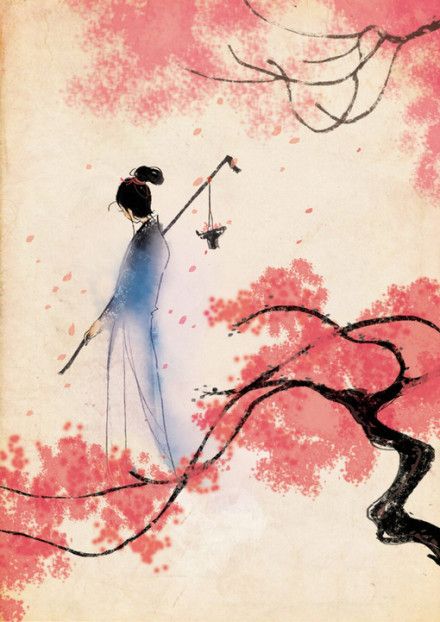
酒阑歌罢玉尊空，青缸暗明灭。